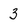
Character: 3